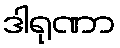
ဒါရုဏာ